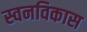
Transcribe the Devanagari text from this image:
स्वनविकास